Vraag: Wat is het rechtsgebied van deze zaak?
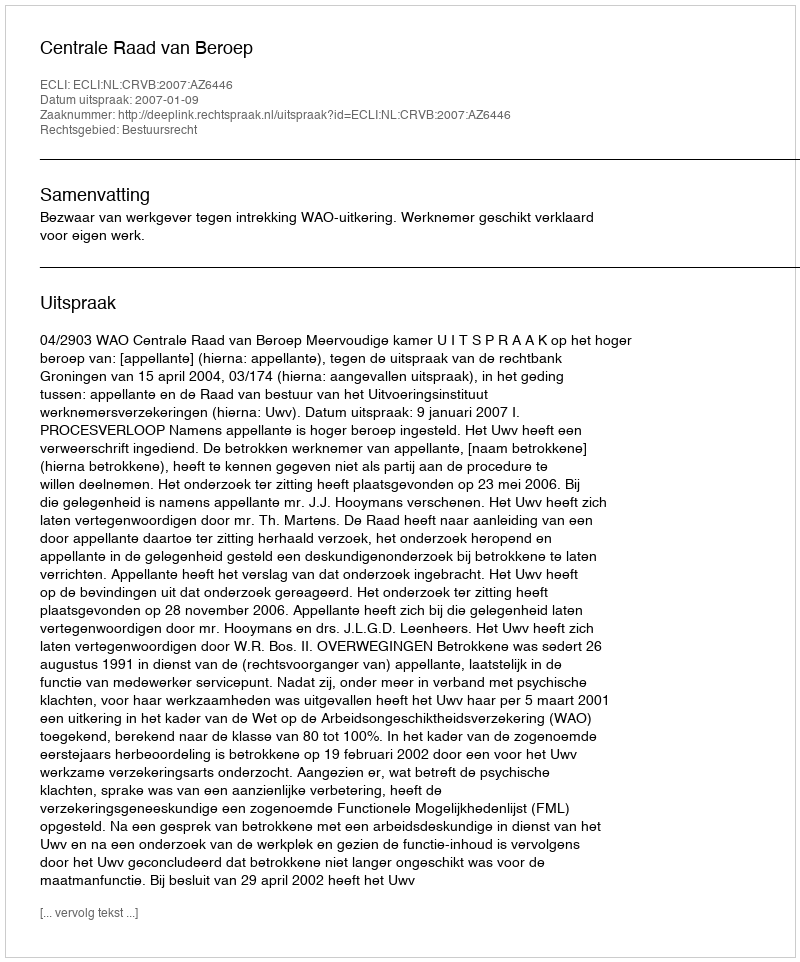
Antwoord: Bestuursrecht